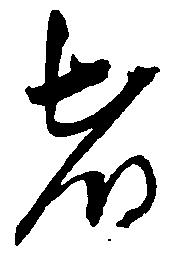
者